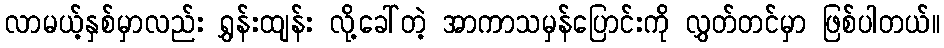
လာမယ့်နှစ်မှာလည်း ရွှန်းထျန်း လို့ခေါ်တဲ့ အာကာသမှန်ပြောင်းကို လွှတ်တင်မှာ ဖြစ်ပါတယ်။